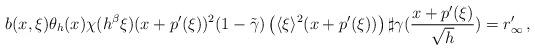
LaTeX: \begin{align*}b(x,\xi)\theta_h(x)\chi(h^{\beta}\xi)(x+p'(\xi))^2(1-\tilde{\gamma})\left(\langle\xi\rangle^2(x+p'(\xi))\right) \sharp \gamma(\frac{x+p'(\xi)}{\sqrt{h}}) = r'_{\infty} \,,\end{align*}